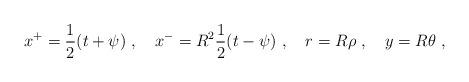
LaTeX: \begin{align*}x^+ = \frac12 (t+ \psi) ~,\quad x^- = R^2 \frac12 (t-\psi) ~,\quad r = R \rho ~,\quad y = R \theta ~,\end{align*}